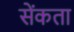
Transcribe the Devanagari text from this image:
सेंकता